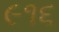
૯૧૬